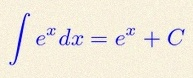
\int e^x dx=e^x+C